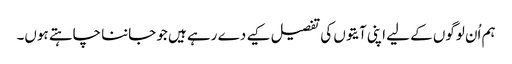
ہم اُن لوگوں کے لیے اپنی آیتوں کی تفصیل کیے دے رہے ہیں جو جاننا چاہتے ہوں۔